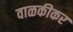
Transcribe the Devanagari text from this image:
वाळकीकर